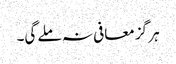
ہر گز معافی نہ ملے گی۔